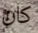
كان